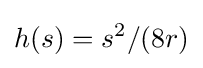
h(s)=s^{2}/(8r)